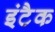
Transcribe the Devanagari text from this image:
इंटैक